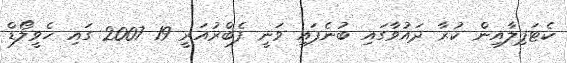
ކެޓަޕިލާއިން ކުރާ ދައުވާގައި ބުނެފައި ވަނީ ފެބްރުއަރީ 19 2007 ގައި ހެވީލޯޑް